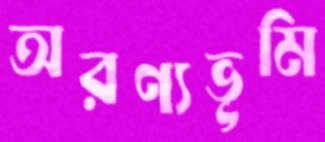
অরণ্যভূমি